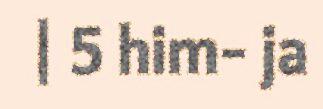
| 5 him- ja